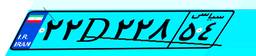
۲۲D۲۲۸۵۴